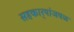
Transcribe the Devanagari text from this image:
सहकार्‍यांजवळ